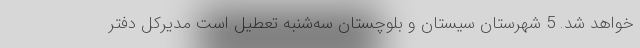
خواهد شد. 5 شهرستان سیستان و بلوچستان سه‌شنبه تعطیل است مدیرکل دفتر